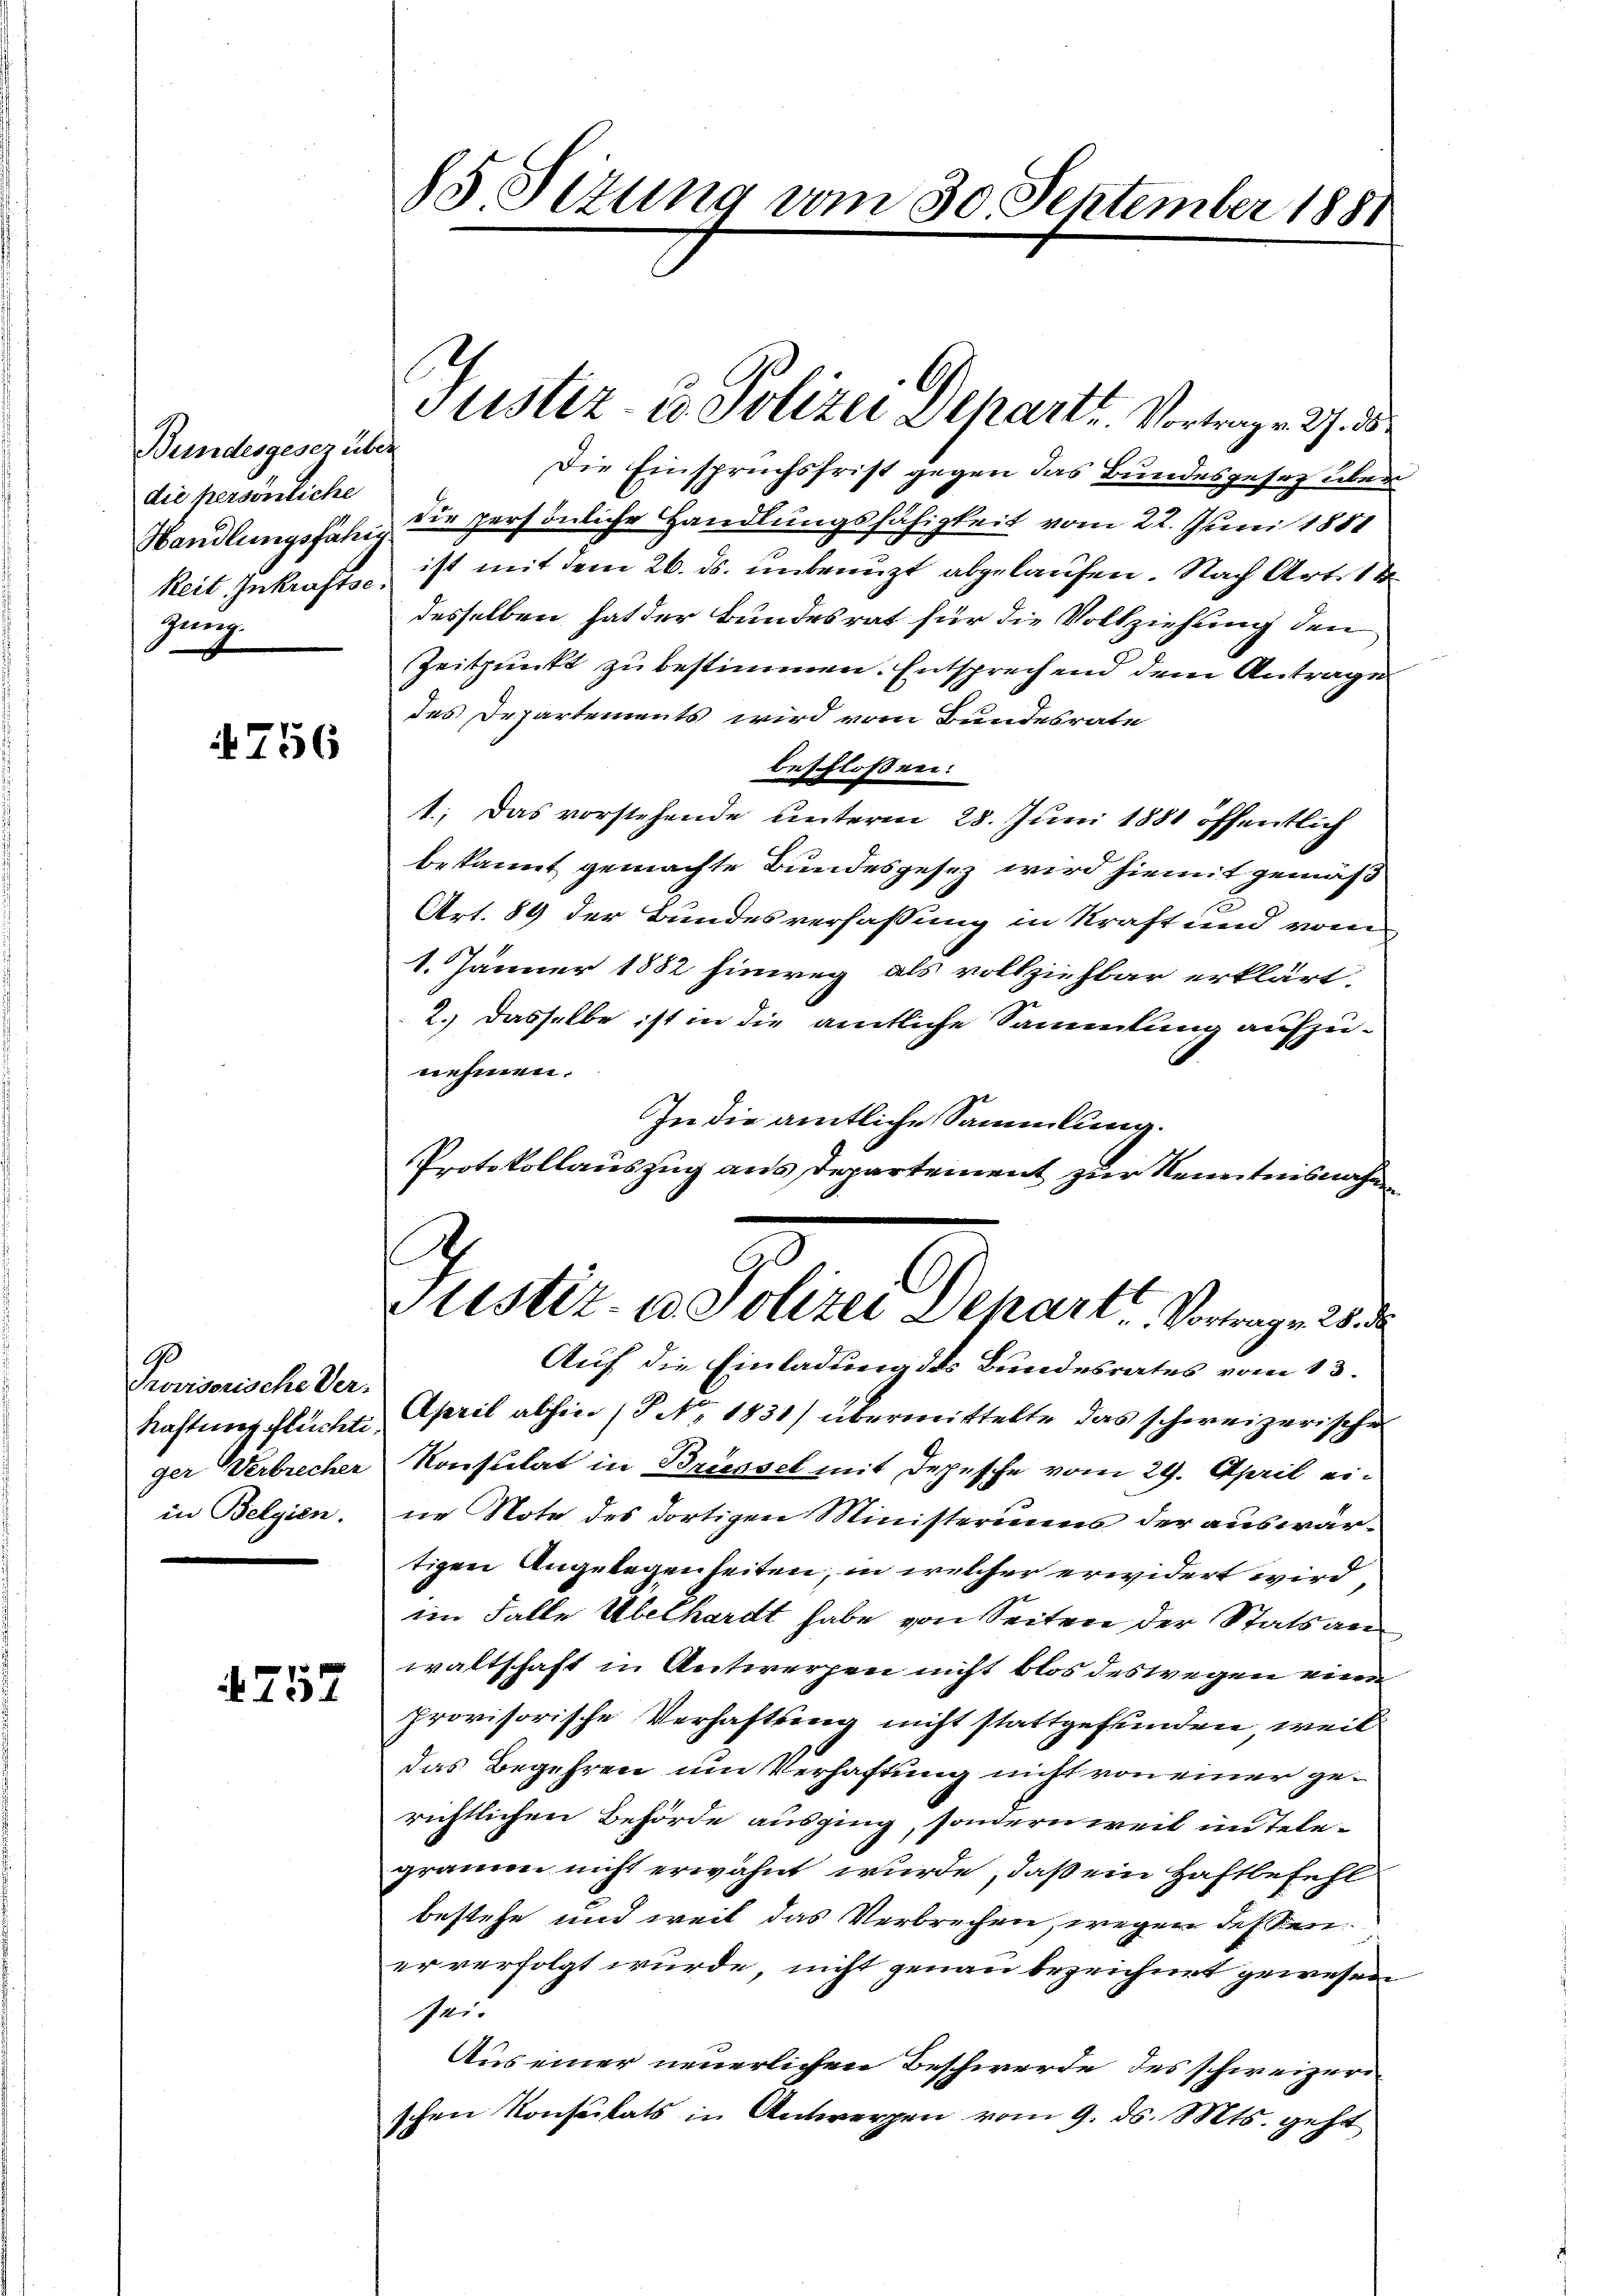
Bundesgesez über
die persönliche
keit Inkraftse.
Jung

4756

90
Provisorische Ver-
Kastens flüchti
ger Verbrechen
in Belgien.

4757

85 Sizung vom 30. September 1881

Justiz- & Polizei Departh. Vortragen 27. 38

Die Einspruchsfrist gegen das Bundesgesetz über
Handlungsfähig die persönliche Handlungsfähigkeit vom 22. Juni 1851
ist mit dem 26. ds. unbenuzt abgelaufen. Nach Art. 14
desselben hat der Bundesrat für die Vollziehung den
Zeitpunkt zu bestimmen. Entsprechend dem Antrage
des Departements wird vom Bundesrate
beschlossen:
1. Das vorstehende unterm 28. Juni 1881 öffentlich
bekannt gemachte Bundesgesez wird hiemit gemäß
c
Art. 89 der Bundesverfassung in Kraft und von
1. Jänner 1882 hinweg als vollziehbar erklärt.
2. Dasselbe ist in die amtliche Sammlung aufzu-
nehmen.
In die amtliche Sammlung.
Protokollauszug aus Departement zur Kenntnisnahm
ustiz- u. Polizei Separt, Vortrag v. 28. de
Auf die Einladung des Bundesrates vom 13.
April abhin (P No. 1831) übermittelte das schweizerische
Konsulat in Brüssel mit Depesche vom 29. April eine Note des dortigen Ministeriums der auswärtigen Angelegenheiten, in welcher erwidert wird,
im Falle Übelhardt habe von Seiten der Statsanwaltschaft in Antwerfen nicht blos des wegen eine
provisorische Verhaftung nicht stattgefunden, weil
das Begehren um Verhaftung nicht von einer gerichtlichen Behörde ausging, sondern weil in Telegramen nicht erwähnt wurde, daß ein Haftbefehl
bestehe und weil das Verbrechen, wegen dessener verfolgt wurde, nicht genau bezeichnet gewesen
sei.
Aus einer neuerlichen Beschwerde des schweizerischen Konsulats in Antwerpen vom 9. ds. Mts. geht